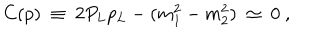
LaTeX: C ( p ) \ \equiv \ 2 P _ { L } p _ { L } - ( m _ { 1 } ^ { 2 } - m _ { 2 } ^ { 2 } ) \ \simeq \ 0 \ ,